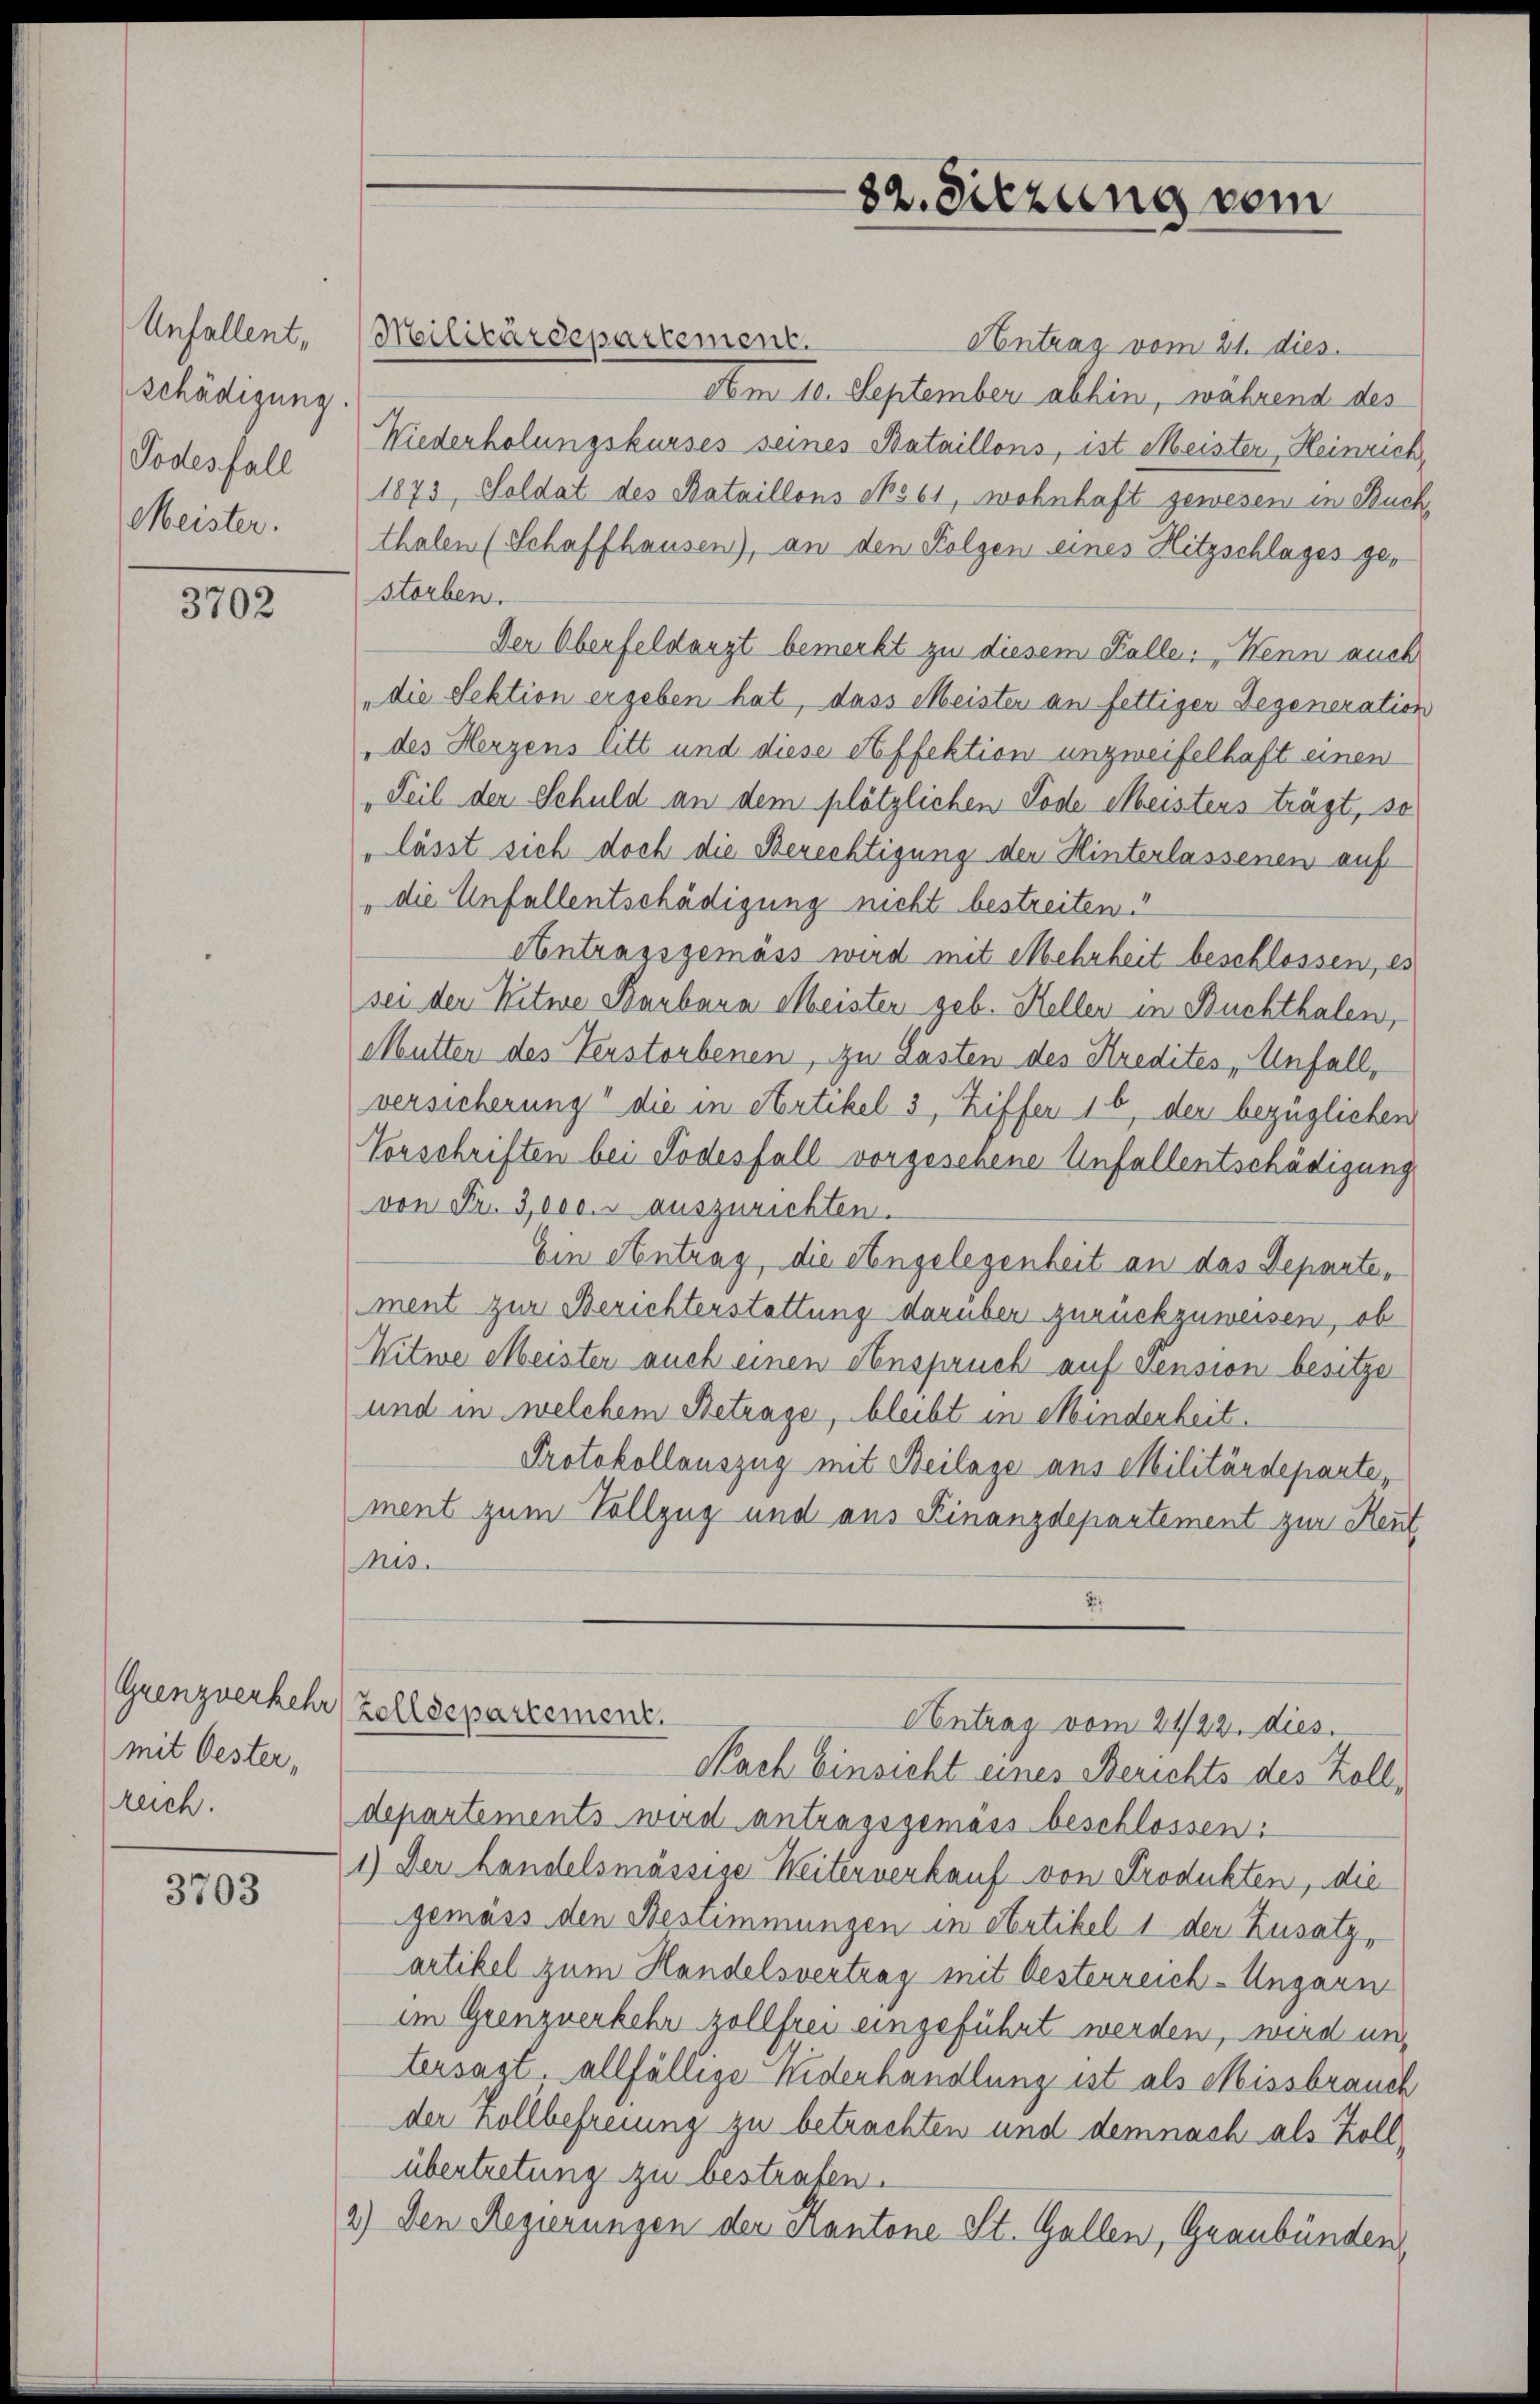
Unfallent,
schädigung.
Todesfall
Meister.

3702

mit Oester,
reich.

3703

Antrag vom 21. dies
Am 10. September abhin, während des
Wiederholungskurses seines Bataillons, ist Meister, Heinrich
1873, Soldat des Bataillons No 61, wohnhaft gewesen in Kuc
thalen (Schaffhausen), an den Folgen eines Hitzschlages gestorben.
Der Oberfeldangt bemerkt zu diesem Falle: „Wenn auch
„die Sektion ergeben hat, dass Meister an fettiger Gegeneration
des Herzens litt und diese Steffektion unzweifelhaft einen
Teil der Schuld an dem plötzlichen Tode Meistens trägt, so
lässt sich doch die Berechtigung der Hinterlassenen auf
" die Unfallentschädigung nicht bestreiten.
Antragsgemäss wird mit Mehrheit beschlossen, es
sei der Witwe Barbara Meister seb. Kellen in Buchthalen,
Mutter des Verstorbenen, zu Lasten des Kredites „Unfall,
versicherung“ die in Artikel 3, Ziffer 16 der bezüglichen
Vorschriften bei Todesfall vorgesehene Unfallentschädigung
von Fr. 3,000. r auszurichten.
Ein Antrag, die Angelegenheit an das Departement zur Berichterstattung darüber zurückzuweisen, ob
Witwe Meister auch einen Anspruch auf Pension besitzer
und in welchem Betrage, bleibt in Minderheit.
Protokollauszug mit Beilage aus Militärdeparte,
ment zum Vollzug und aus Finanzdepartement zur Heut
nis.
2
Grenzverkehr (Zollsepartement.
Antrag vom 21/22. dies
Nach Einsicht eines Berichts des Zoll,
departements wird antragsgemäss beschlossen:
1.) Der handelsmässige Weiterverkauf von Produkten, die
gemäss den Bestimmungen in Artikel 1 der Zusatz,
artikel zum Handelsvertrag mit Oesterreich-Ungarn
im Grenzuerkehr zollfrei eingeführt werden, wird untersagt. allfällige Widerhandlung ist als Missbrauch
der hollbefreiung zu betrachten und demnach als Zollübertretung zu bestrafen.
2.) Den Regierungen der Kantone St. Gallen, Graubünden

Militärdepartement.

82. Sitzung vom